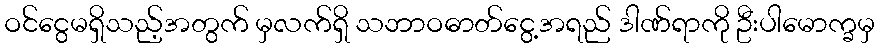
ဝင်ငွေမရှိသည့်အတွက် မှလက်ရှိ သဘာဝဓာတ်ငွေ့အရည် ဒါဏ်ရာကို ဦးပါမောက္ခမှ